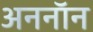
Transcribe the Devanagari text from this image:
अननाॅन